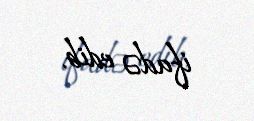
ifadə edib.